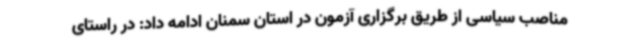
مناصب سیاسی از طریق برگزاری آزمون در استان سمنان ادامه داد: در راستای